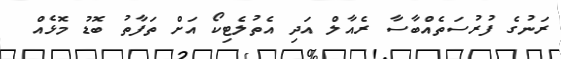
ރަނުގެ ފުރުސަތެއްބާސާ ރެއާލް އަދި އެތުލެޓިކޯ އަށް ތަފާތު ބޮޑު މޮޅެއް